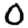
Digit: 0